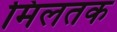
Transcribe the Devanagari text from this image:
मिलतक